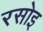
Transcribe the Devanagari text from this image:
रसोइ